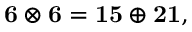
{ \bf 6 } \otimes { \bf 6 } = { \bf 1 5 } \oplus { \bf 2 1 } ,